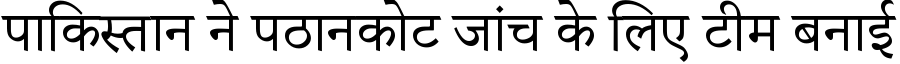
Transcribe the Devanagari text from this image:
पाकिस्तान ने पठानकोट जांच के लिए टीम बनाई